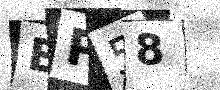
Text: EP58